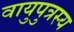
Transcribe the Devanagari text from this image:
वायुपुत्रस्य